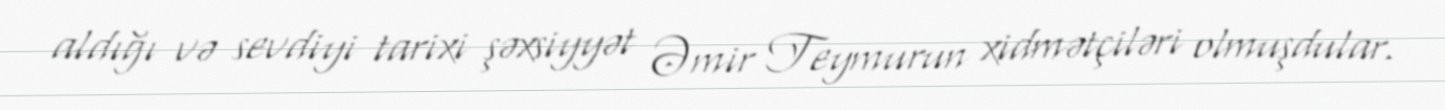
aldığı və sevdiyi tarixi şəxsiyyət Əmir Teymurun xidmətçiləri olmuşdular.